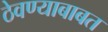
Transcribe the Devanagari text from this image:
ठेवण्याबाबत